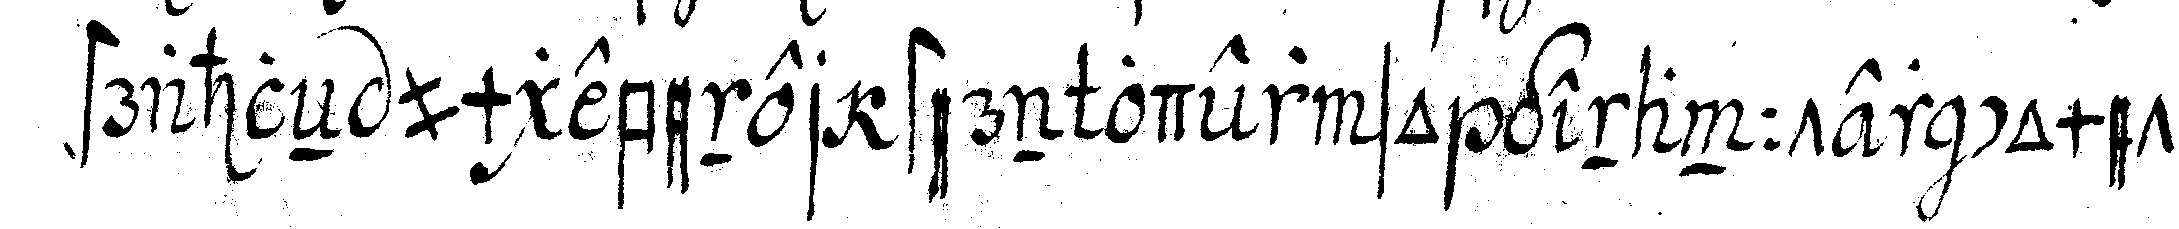
strahleN umgebener stern oder so genannter comet